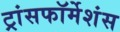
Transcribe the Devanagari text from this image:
ट्रांसफॉर्मेशंस